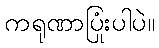
ကရုဏာပြုံးပါပဲ။